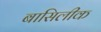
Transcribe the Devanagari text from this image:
बासिलीक